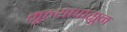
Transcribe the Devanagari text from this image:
मूल्यापासून